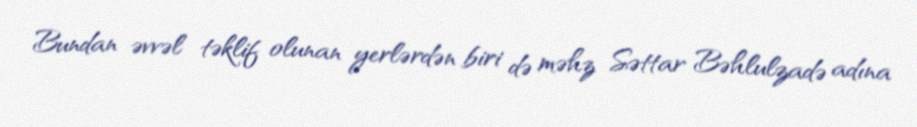
Bundan əvvəl təklif olunan yerlərdən biri də məhz Səttar Bəhlulzadə adına